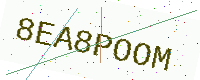
Text: 8EA8POOM